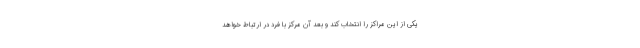
یکی از این مراکز را انتخاب کند و بعد آن مرکز با فرد در ارتباط خواهد